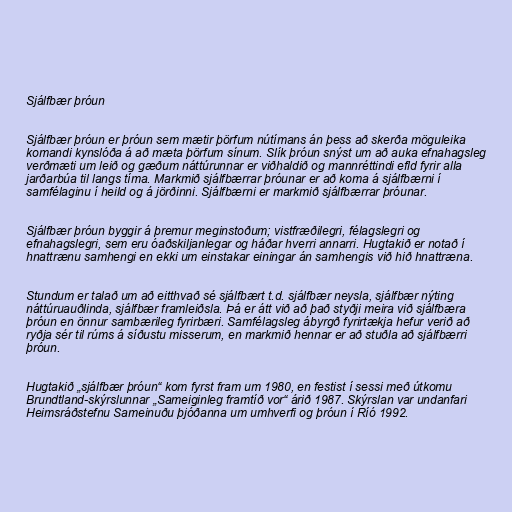
Sjálfbær þróun

Sjálfbær þróun er þróun sem mætir þörfum nútímans án þess að skerða möguleika
komandi kynslóða á að mæta þörfum sínum. Slík þróun snýst um að auka efnahagsleg
verðmæti um leið og gæðum náttúrunnar er viðhaldið og mannréttindi efld fyrir alla
jarðarbúa til langs tíma. Markmið sjálfbærrar þróunar er að koma á sjálfbærni í
samfélaginu í heild og á jörðinni. Sjálfbærni er markmið sjálfbærrar þróunar.

Sjálfbær þróun byggir á þremur meginstoðum; vistfræðilegri, félagslegri og
efnahagslegri, sem eru óaðskiljanlegar og háðar hverri annarri. Hugtakið er notað í
hnattrænu samhengi en ekki um einstakar einingar án samhengis við hið hnattræna.

Stundum er talað um að eitthvað sé sjálfbært t.d. sjálfbær neysla, sjálfbær nýting
náttúruauðlinda, sjálfbær framleiðsla. Þá er átt við að það styðji meira við sjálfbæra
þróun en önnur sambærileg fyrirbæri. Samfélagsleg ábyrgð fyrirtækja hefur verið að
ryðja sér til rúms á síðustu misserum, en markmið hennar er að stuðla að sjálfbærri
þróun.

Hugtakið „sjálfbær þróun“ kom fyrst fram um 1980, en festist í sessi með útkomu
Brundtland-skýrslunnar „Sameiginleg framtíð vor“ árið 1987. Skýrslan var undanfari
Heimsráðstefnu Sameinuðu þjóðanna um umhverfi og þróun í Ríó 1992.